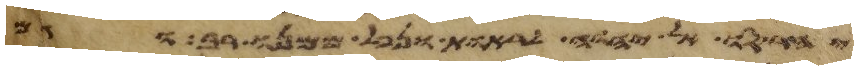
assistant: יחרסו אל יהוה לראות ונפל ממנו רב וגם